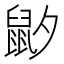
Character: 𱌍